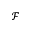
{ \mathcal F }